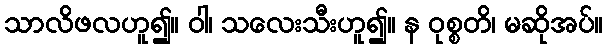
သာလိဖလဟူ၍။ ဝါ၊ သလေးသီးဟူ၍။ န ဝုစ္စတိ၊ မဆိုအပ်။